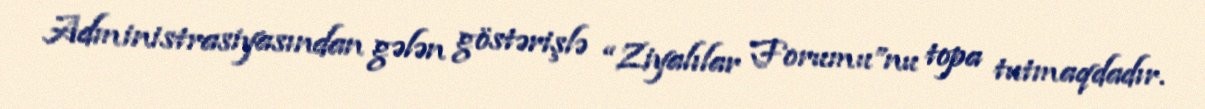
Administrasiyasından gələn göstərişlə “Ziyalılar Forumu”nu topa tutmaqdadır.